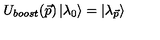
U _ { b o o s t } ( \vec { p } ) \left| \lambda _ { 0 } \right> = \left| \lambda _ { \vec { p } } \right>